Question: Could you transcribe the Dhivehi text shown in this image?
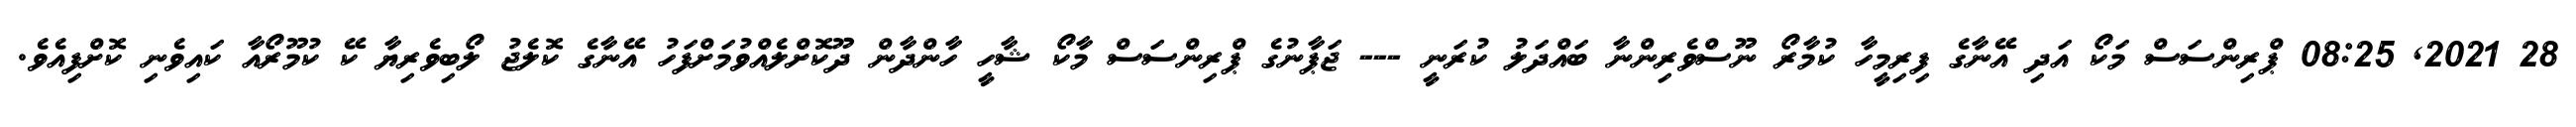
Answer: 28 2021, 08:25 ޕްރިންސަސް މަކޯ އަދި އޭނާގެ ފިރިމީހާ ކުމާރޯ ނޫސްވެރިންނާ ބައްދަލު ކުރަނީ --- ޖަޕާނުގެ ޕްރިންސަސް މާކޯ ޝާހީ ހާންދާން ދޫކޮށްލެއްވުމަށްފަހު އޭނާގެ ކޮލެޖު ލޯބިވެރިޔާ ކޭ ކުމޫރޯއާ ކައިވެނި ކޮށްފިއެވެ.